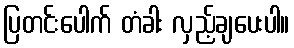
ပြတင်းပေါက် တံခါး လှည့်ချပေးပါ။